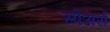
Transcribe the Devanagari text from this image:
स्पेअर्स